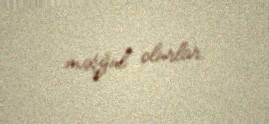
məşğul olurlar.